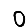
Digit: 0